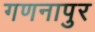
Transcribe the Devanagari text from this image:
गणनापुर